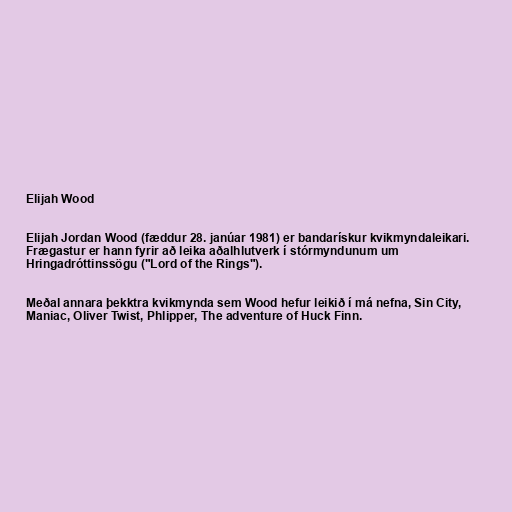
Elijah Wood

Elijah Jordan Wood (fæddur 28. janúar 1981) er bandarískur kvikmyndaleikari.
Frægastur er hann fyrir að leika aðalhlutverk í stórmyndunum um
Hringadróttinssögu ("Lord of the Rings").

Meðal annara þekktra kvikmynda sem Wood hefur leikið í má nefna, Sin City,
Maniac, Oliver Twist, Phlipper, The adventure of Huck Finn.